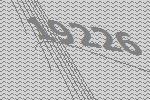
19226